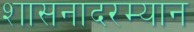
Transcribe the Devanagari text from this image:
शासनादरम्यान